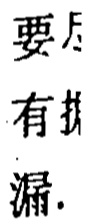
要尽
有拼
漏.